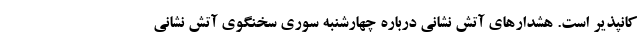
کانپذیر است. هشدارهای آتش نشانی درباره چهارشنبه سوری سخنگوی آتش نشانی